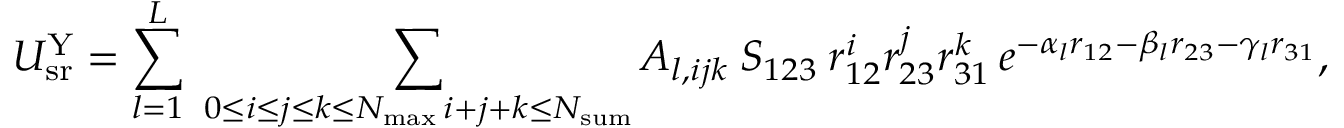
U _ { \mathrm { s r } } ^ { \mathrm { Y } } = \sum _ { l = 1 } ^ { L } \; \sum _ { \substack { 0 \le i \le j \le k \le N _ { \mathrm { m a x } } \, i + j + k \le N _ { \mathrm { s u m } } } } A _ { l , i j k } \: S _ { 1 2 3 } \: r _ { 1 2 } ^ { i } r _ { 2 3 } ^ { j } r _ { 3 1 } ^ { k } \, e ^ { - \alpha _ { l } r _ { 1 2 } - \beta _ { l } r _ { 2 3 } - \gamma _ { l } r _ { 3 1 } } ,